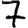
Digit: 7